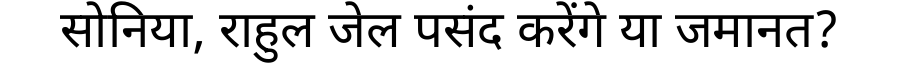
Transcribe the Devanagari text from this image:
सोनिया, राहुल जेल पसंद करेंगे या जमानत?